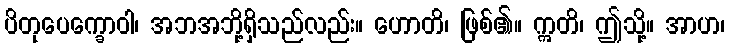
ပိတုပေက္ခောဝါ၊ အဘအဘို့ရှိသည်လည်း။ ဟောတိ၊ ဖြစ်၏။ ဣတိ၊ ဤသို့။ အာဟ၊